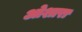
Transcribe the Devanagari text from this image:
ओशारा